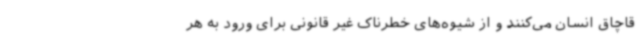
قاچاق انسان می‌کنند و از شیوه‌های خطرناک غیر قانونی برای ورود به هر